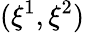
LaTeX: (\xi^{1},\xi^{2})